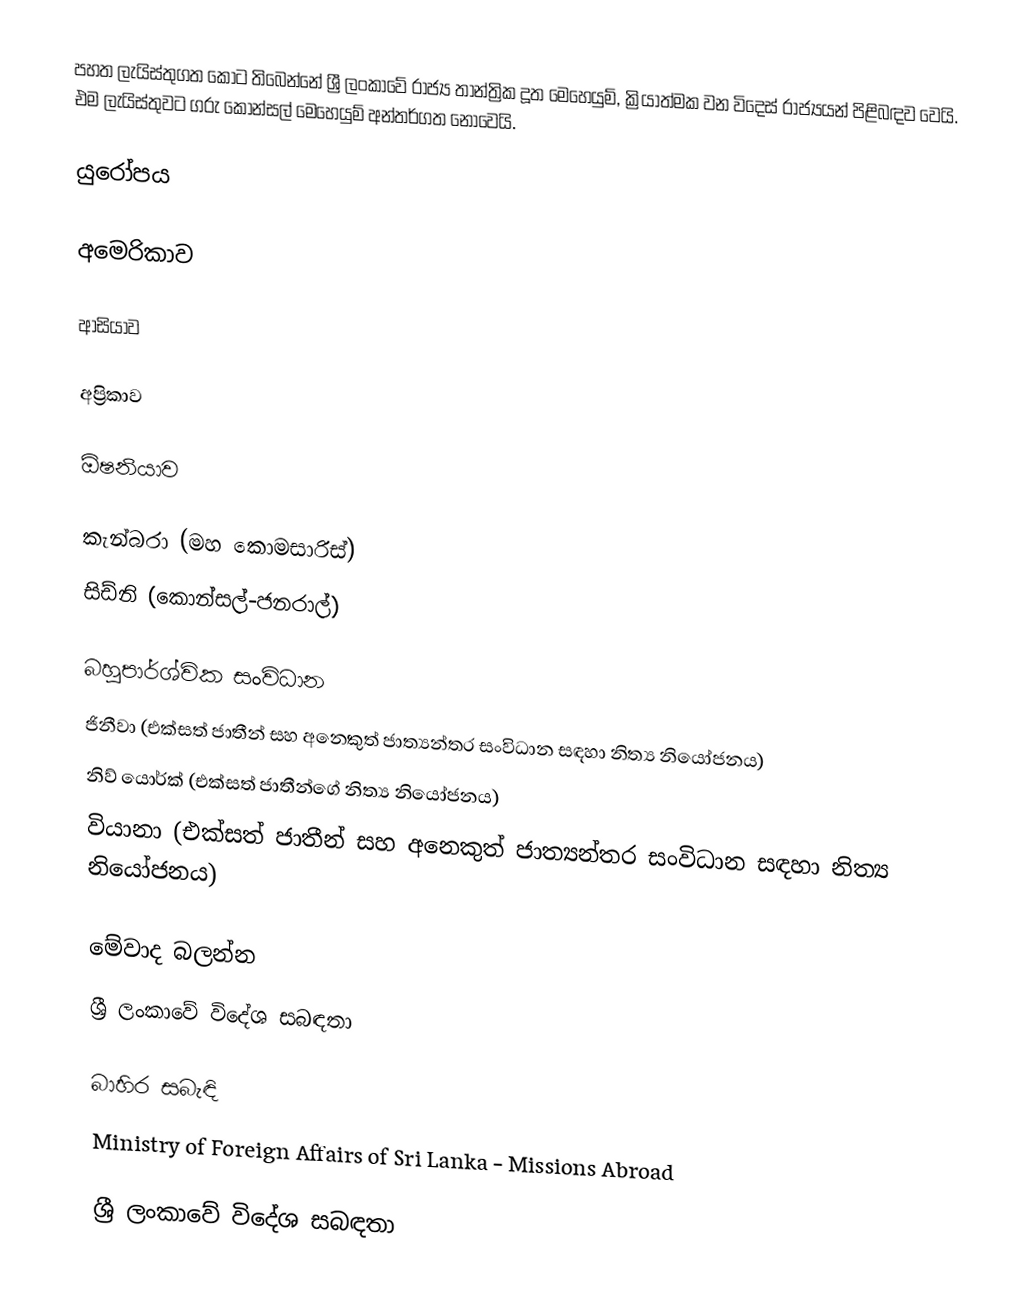
පහත ලැයිස්තුගත කොට තිබෙන්නේ ශ්‍රී ලංකාවේ රාජ්‍ය තාන්ත්‍රික දූත මෙහෙයුම්, ක්‍රියාත්මක වන විදෙස් රාජ්‍යයන් පිළිබඳව වෙයි. එම ලැයිස්තුවට ගරු කොන්සල් මෙහෙයුම් අන්තර්ගත නොවෙයි.

යුරෝපය

අමෙරිකාව

ආසියාව

අප්‍රිකාව

ඕෂනියාව

 කැන්බරා (මහ කොමසාරිස්)
 සිඩ්නි (කොන්සල්-ජනරාල්)

බහුපාර්ශ්වික සංවිධාන
 ජිනීවා (එක්සත් ජාතීන් සහ අනෙකුත් ජාත්‍යන්තර සංවිධාන සඳහා නිත්‍ය නියෝජනය)
 නිව් යොර්ක් (එක්සත් ජාතීන්ගේ නිත්‍ය නියෝජනය)
 වියානා (එක්සත් ජාතීන් සහ අනෙකුත් ජාත්‍යන්තර සංවිධාන සඳහා නිත්‍ය නියෝජනය)

මේවාද බලන්න
ශ්‍රී ලංකාවේ විදේශ සබඳතා

බාහිර සබැඳි
 Ministry of Foreign Affairs of Sri Lanka - Missions Abroad

ශ්‍රී ලංකාවේ විදේශ සබඳතා